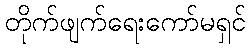
တိုက်ဖျက်ရေးကော်မရှင်